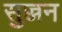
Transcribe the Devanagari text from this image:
सुज्जन